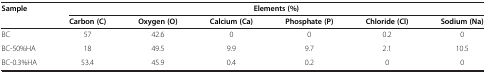
| <ROWSPAN=2> Sample | <COLSPAN=6> Elements (%) |
 | Carbon (C) | Oxygen (O) | Calcium (Ca) | Phosphate (P) | Chloride (Cl) | Sodium (Na) |
 | --- | --- | --- | --- | --- | --- | --- |
 | BC | 57 | 42.6 | 0 | 0 | 0.2 | 0 |
 | BC-50%HA | 18 | 49.5 | 9.9 | 9.7 | 2.1 | 10.5 |
 | BC-0.3%HA | 53.4 | 45.9 | 0.4 | 0.2 | 0 | 0 |